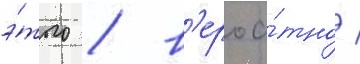
э́того / в'ероа́тно /